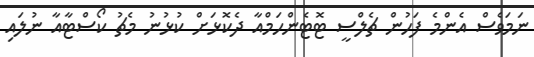
ނަމަވެސް އެންމެ ފަހުން ޗެލްސީ ޓޮޓެންހަމްއާ ދެކޮޅަށް ކުޅުނު މެޗު ކޯސްޓާއާ ނުލައި